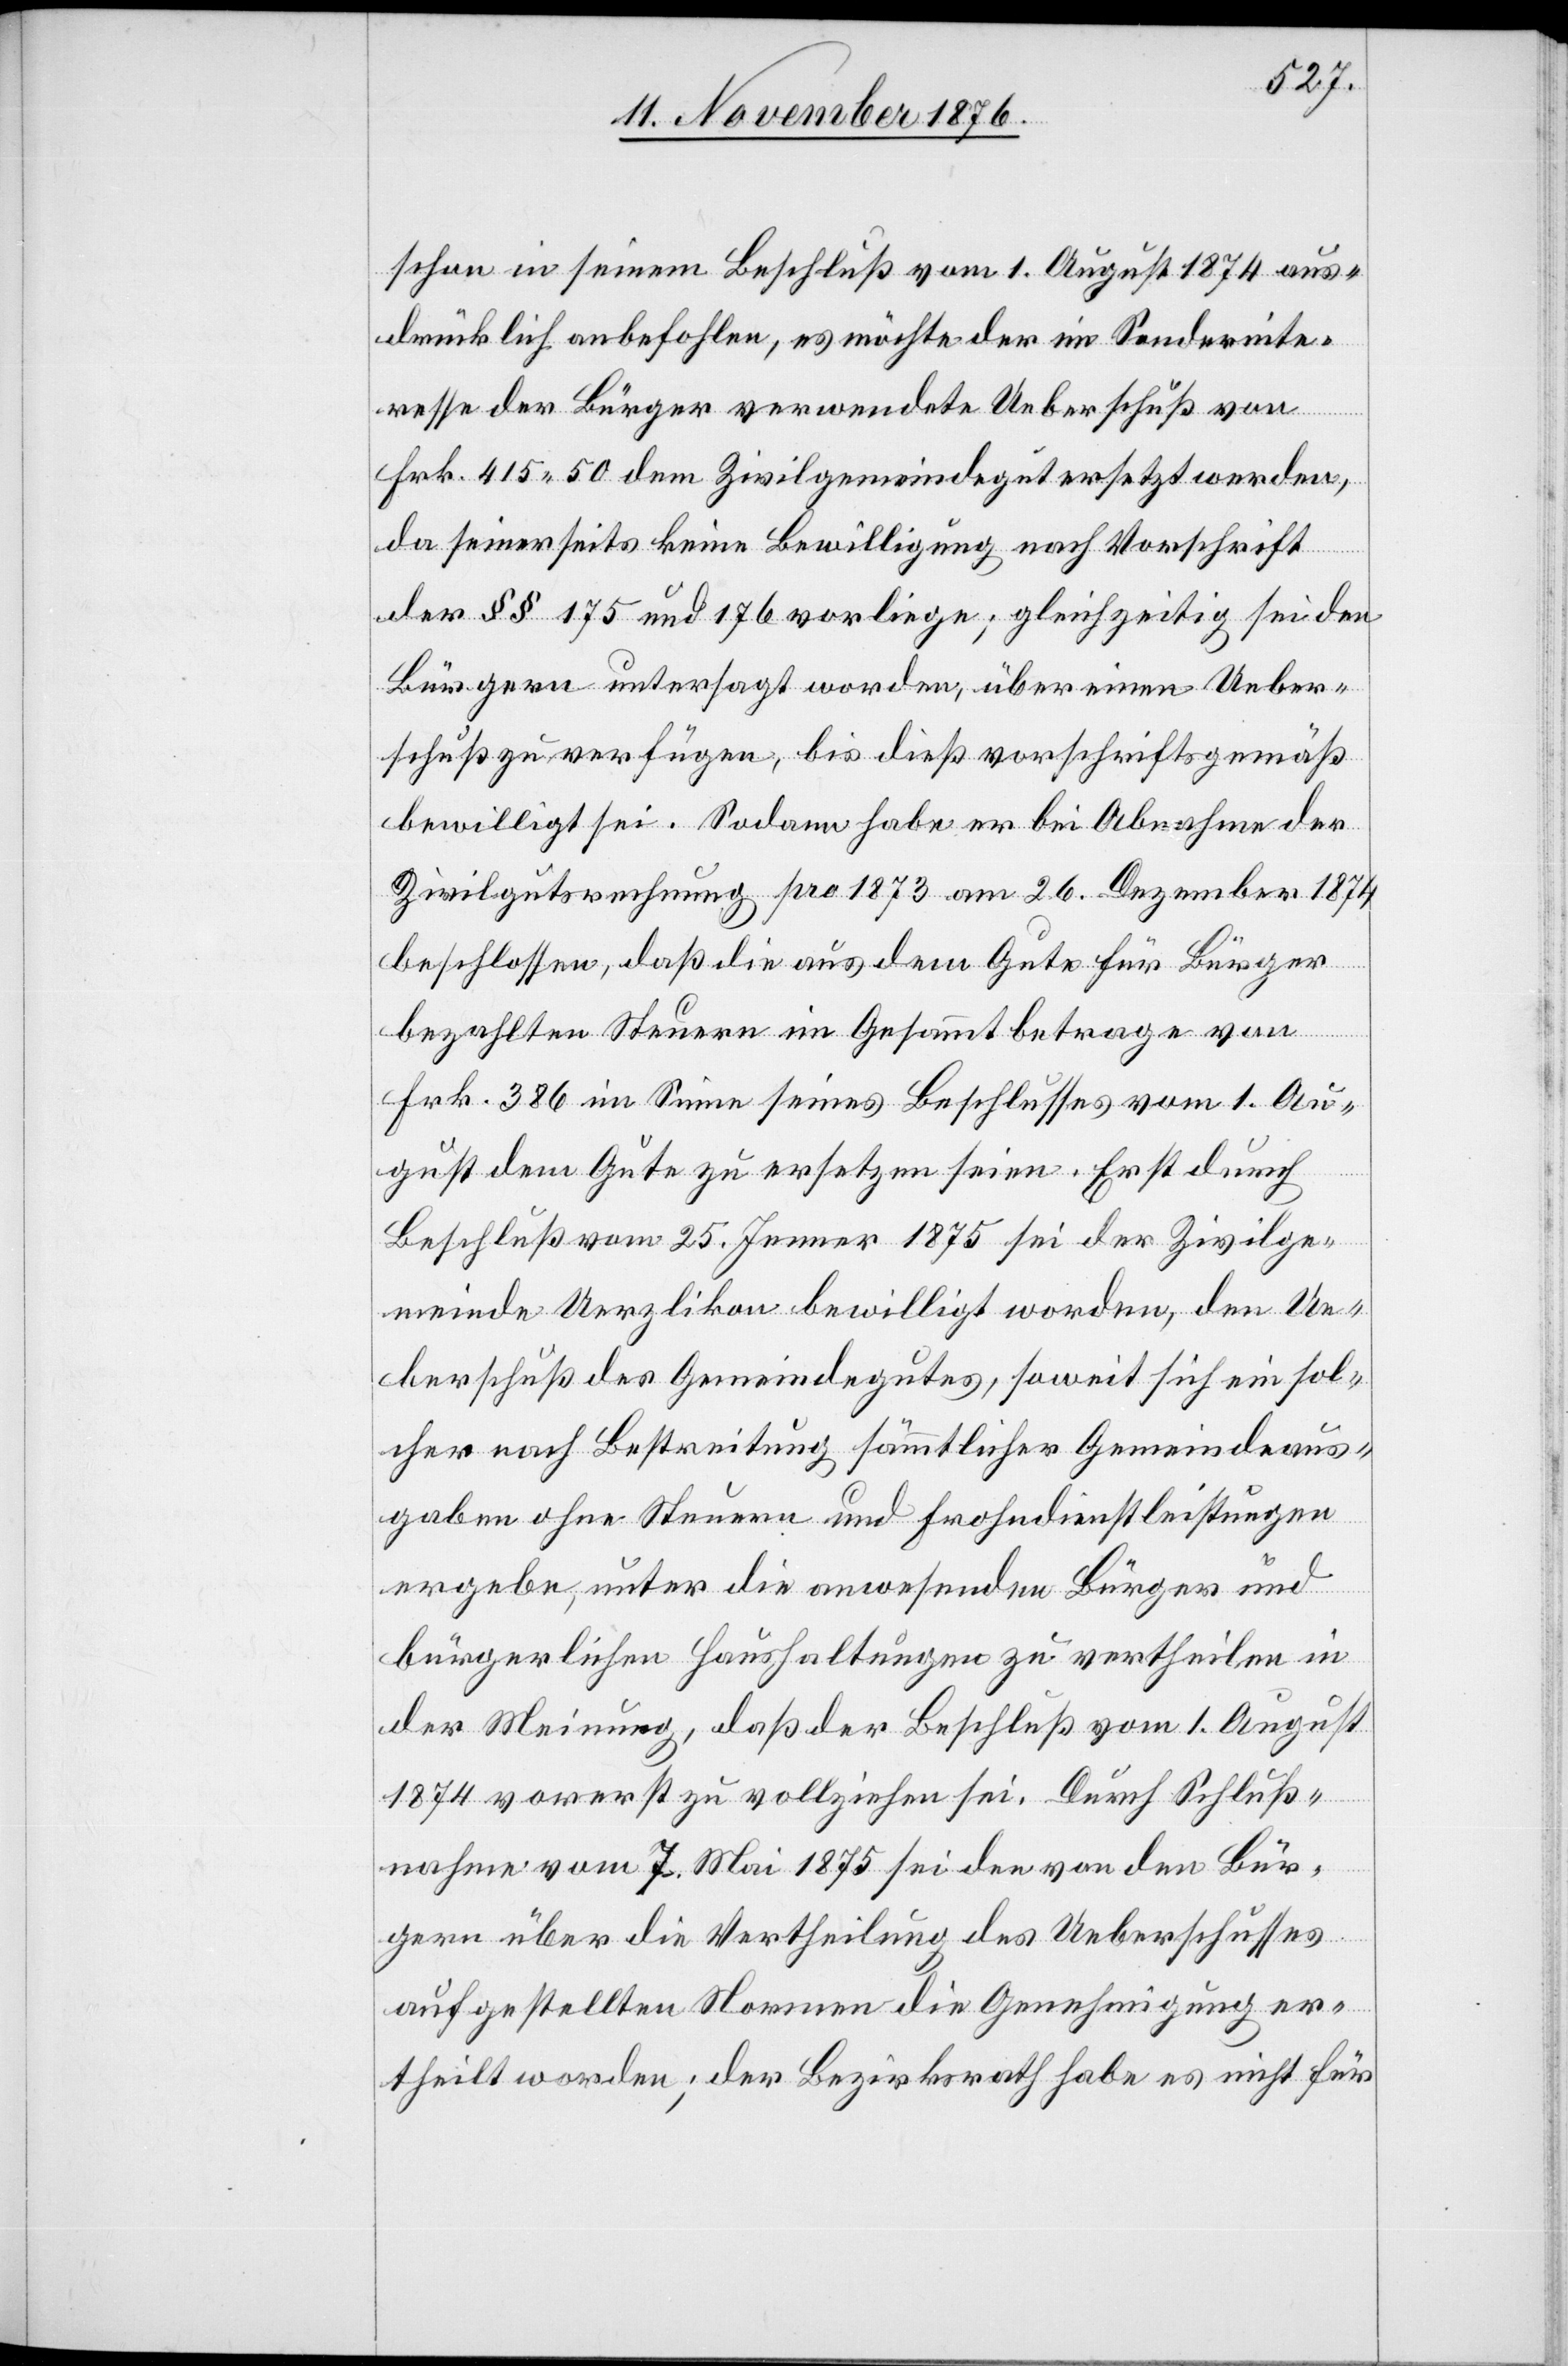
schon in seinem Beschluß vom 1. August 1874 aus¬
drücklich anbefohlen, es möchte der im Sonderinte¬
resse der Bürger verwendete Ueberschuß von
Frk. 415 50 dem Zivilgemeindegut ersetzt werden,
da seinerseits keine Bewilligung nach Vorschrift
der §§ 175 und 176 vorliege; gleichzeitig sei den
Bürgern untersagt worden, über einen Ueber¬
schuß zu verfügen, bis dieß vorschriftsgemäß
bewilligt sei. Sodann habe er bei Abnahme der
Zivilgutsrechnung pro 1873 am 26. Dezember 1874
beschlossen, daß die aus dem Gute für Bürger
bezahlten Steuern im Gesammtbetrage von
Frk. 386 im Sinne seines Beschlusses vom 1. Au¬
gust dem Gute zu ersetzen seien. Erst durch
Beschluß vom 25. Jenner 1875 sei der Zivilge¬
meinde Uerzlikon bewilligt worden, den Ue¬
berschuß des Gemeindegutes, soweit sich ein sol¬
cher nach Bestreitung sämmtlicher Gemeindeaus¬
gaben ohne Steuern und Frohndienstleistungen
ergebe, unter die anwesenden Bürger und
bürgerlichen Haushaltungen zu vertheilen in
der Meinung, daß der Beschluß vom 1. August
1874 vorerst zu vollziehen sei. Durch Schluß¬
nahme vom 7. Mai 1875 sei der von den Bür¬
gern über die Vertheilung des Ueberschusses
aufgestellten Normen die Genehmigung er¬
theilt worden; der Bezirksrath habe es nicht für